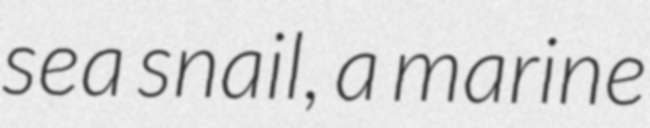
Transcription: sea snail, a marine